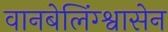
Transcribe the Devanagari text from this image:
वानबेलिंग्श्वासेन